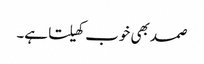
صمد بھی خوب کھیلتا ہے۔